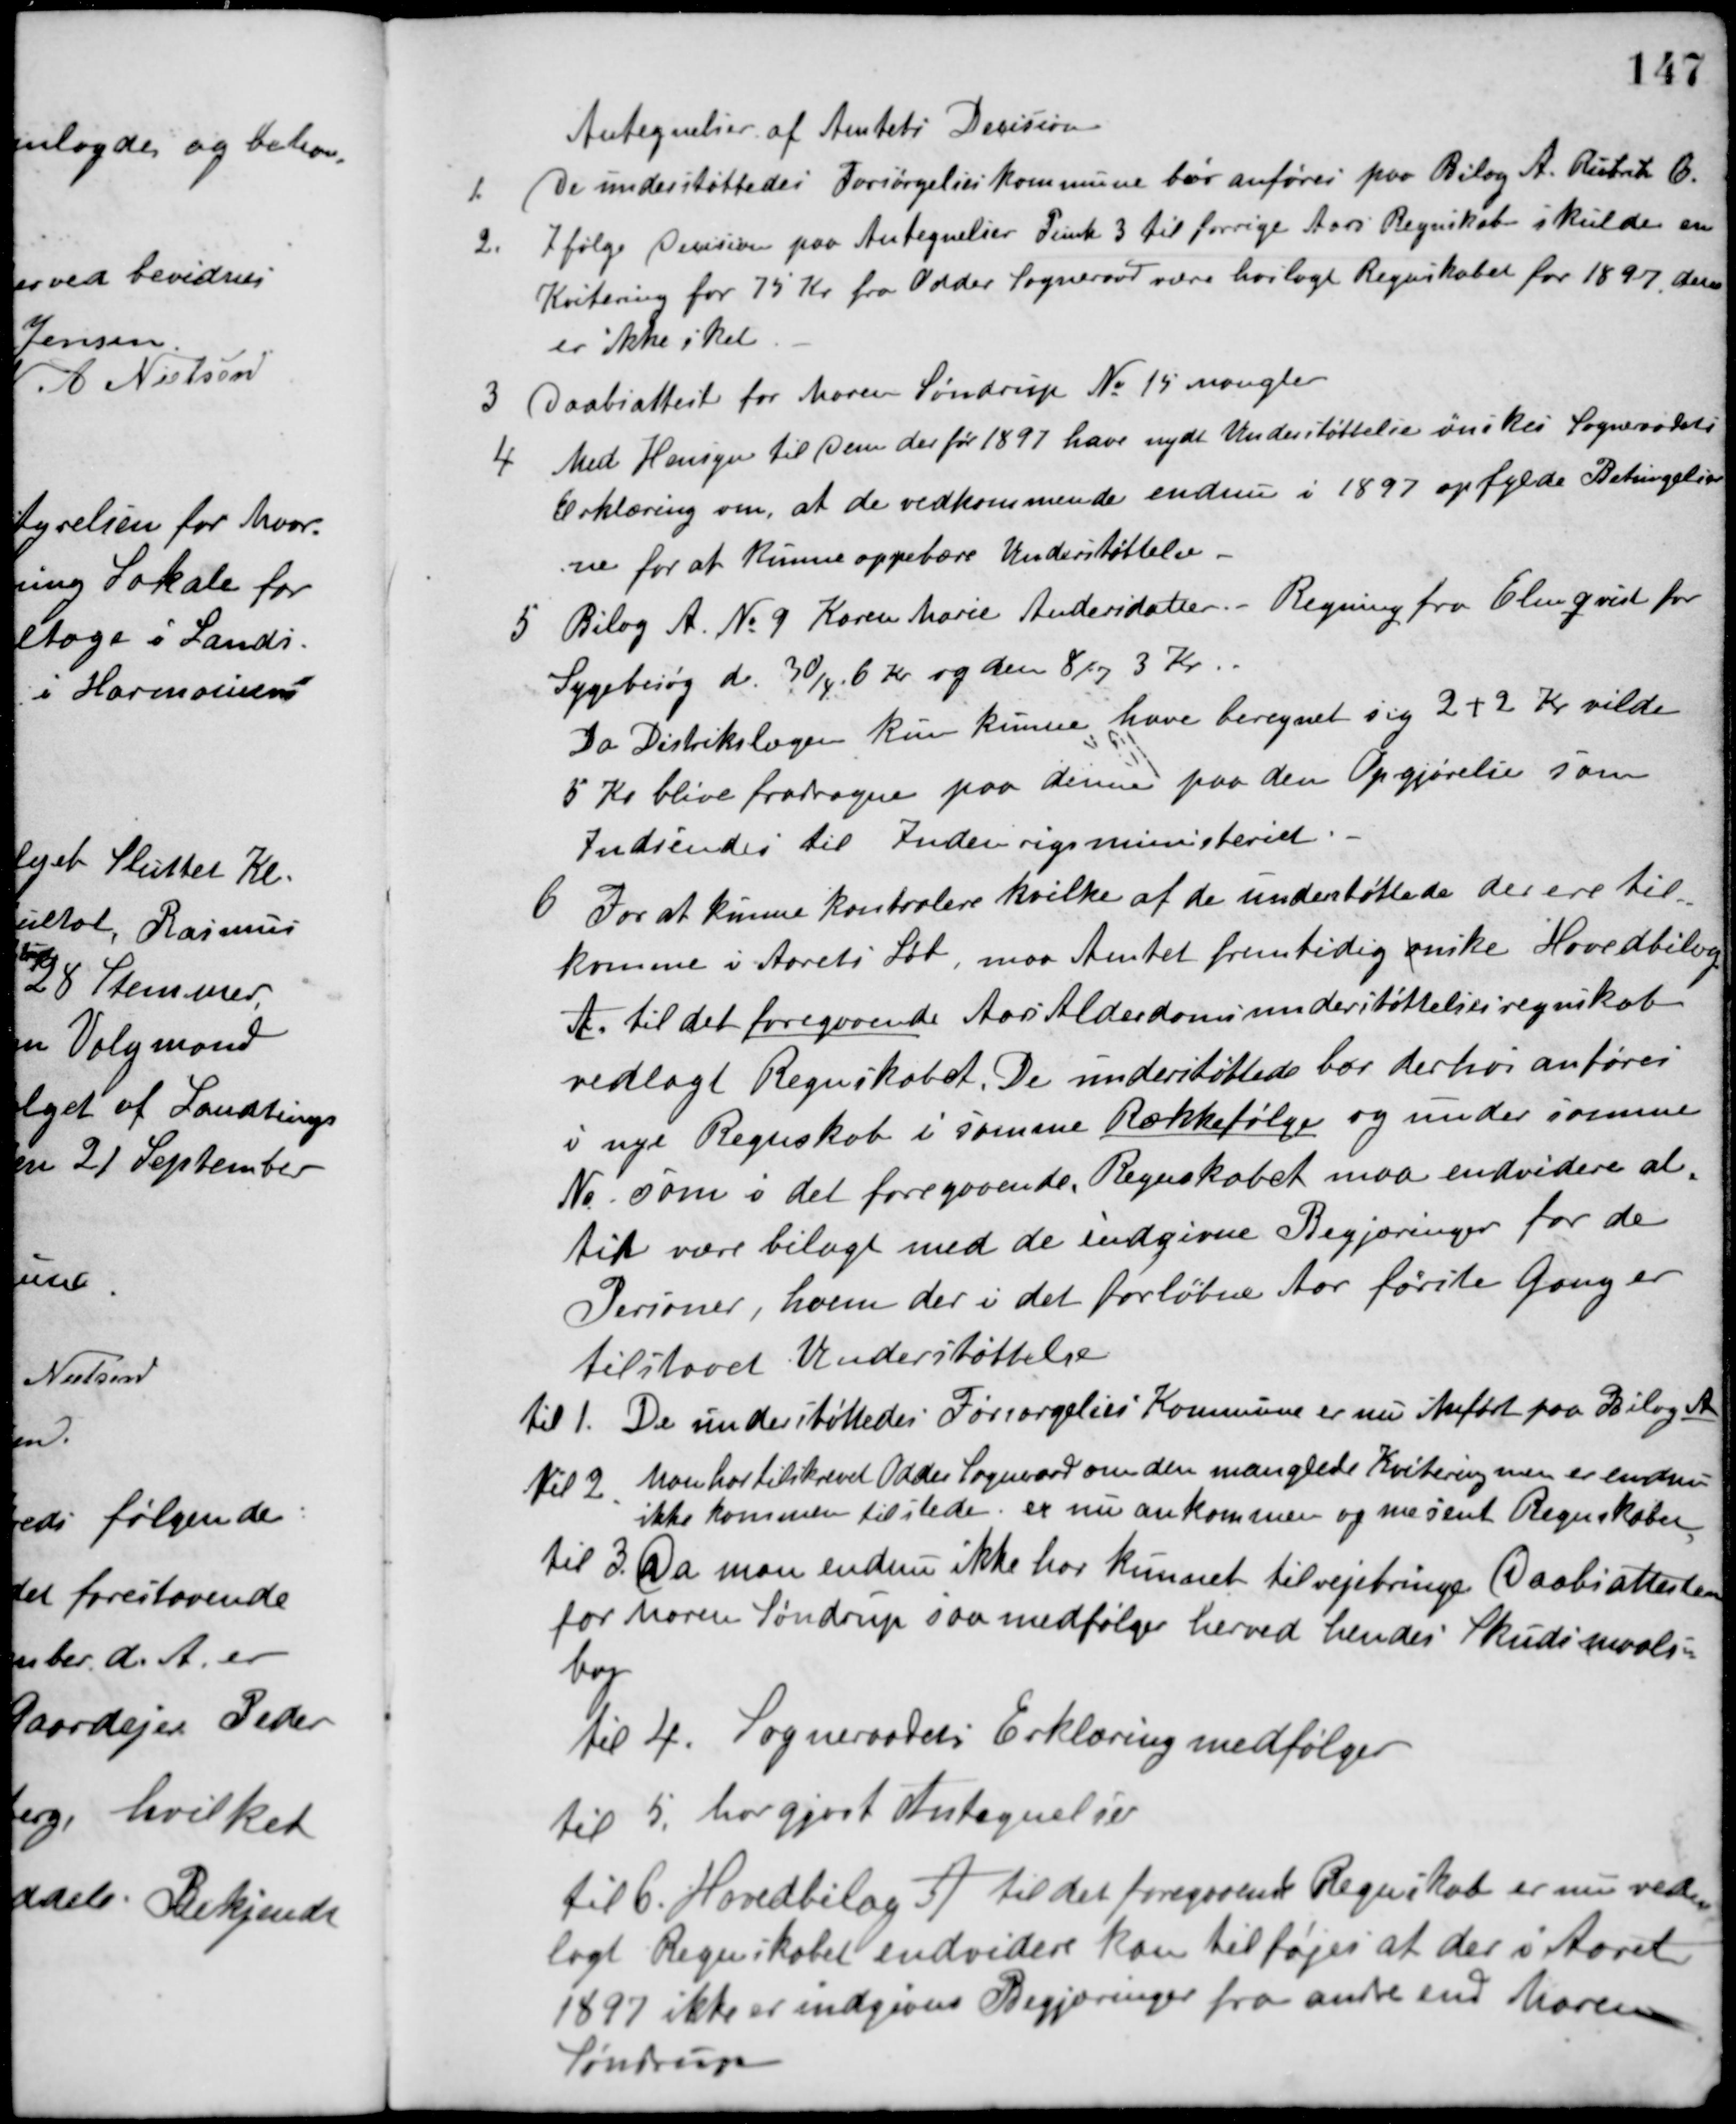
Transskription:
Antegnelser af Amtets Decision
1. De understøttedes Forsørgelseskommune bør anføres paa Bilag A. Rubrik 6.
2. Ifølge Decision paa Antegnelser Punk 3 til forrige Aars Regnskab skulde en
Kvitering for 75 Kr. fra Odder Sogneraad være hoslagt Regnskabet for 1897 den
er ikke sket.
3 Daabsattest for Maren Søndrup No 15 mangler
4 Med Hensyn til dem der før 1897 have nydt Understøttelse ønskes Sogneraadets
Erklæring om, at de vedkommende endnu i 1897 opfylde Betingelser-
ne for at kunne oppebære Understøttelse
5 Bilag A. No 9 Karen Marie Andersdatter. - Regning fra Elevgaard for
Sygebesøg d. 30/4. 6 Kr. og den 8/7 3 Kr.
Da Distrikslægen kun kunne have beregnet sig 2 + 2 Kr. vilde
5 Kr. blive fradragen paa denne paa den Opgjørelse som
Indsendes til Indenrigsministeriet.
6 For at kunne kontrolere hvilke af de understøttede der ere til-
komene i Aarets Løb, maa Amtet fremtidig ønske Hovedbilag
A. til det foregaaende Aars Alderdomsunderstøttelsesregnskab
vedlagt Regnskabet. De understøttede bør derhos anføres
i nye Regnskab i samme Rækkefølge og under samme
No som i det foregaaende. Regnskabet maa endvidere al-
tid være bilagt med de indgivne Begjæringer for de
Personer, hvem der i det forløbne Aar første Gang er
tilstaaet Understøttelse.
til 1. De understøttedes Forsørgelses Kommune er nu Anført paa Bilag A.
til 2 Man har tilskrevet Odder Sogneraad om den manglede Kvitering men er endnu
ikke kommen til stede. er nu ankommen og mesent Regnskabet
til 3. Da man endnu ikke har kunnet tilvejebringe Daabsattesten
for Maren Søndrup saa medfølger herved hendes Skudsmaals-
bog
til 4. Sogneraadets Erklæring medfølger
til 5 har gjort Antegnelser
til 6. Hovedbilag A til det foregaaende Regnskab er nu ved-
lagt Regnskabet endvidere kan tilføjes at der i Aaret
1897 ikke er indgaaet Begjæringer fra andre end Maren
Søntrup